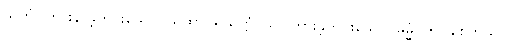
သုတံ၊ ကြားနာခဲ့တိုင်းသော။ ယထာပရိယတ္တံ၊ သင်ကြားခဲ့တိုင်းသော။ ဓမ္မံ၊ ကို။ စေတသာ၊